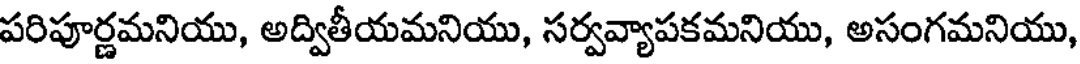
పరిపూర్ణమనియు, అద్వితీయమనియు, సర్వవ్యాపకమనియు, అసంగమనియు,